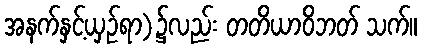
အနက်နှင့်ယှဉ်ရာ)၌လည်း တတိယာဝိဘတ် သက်။